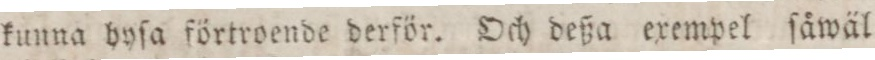
kunna hyſa förtroende derför. Och deßa exempel ſåwäl